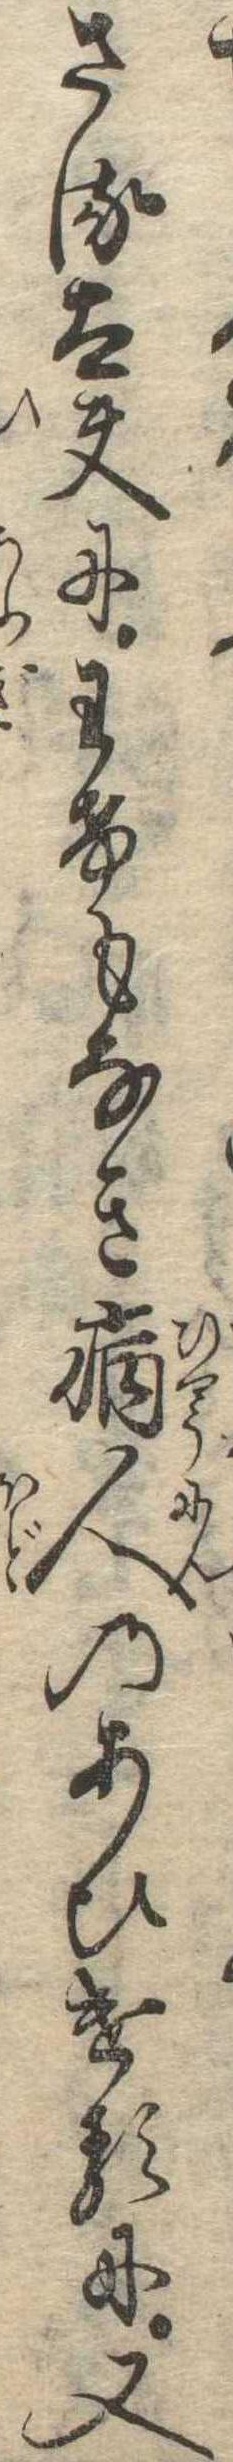
さる太夫にわけもなき病人のあひけるに又